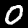
Digit: 0